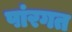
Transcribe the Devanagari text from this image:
पांरगत